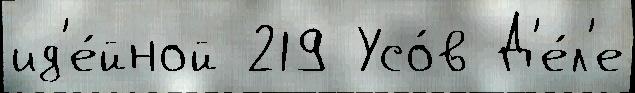
ид'е́йной 219 Усо́в Д'е́л'е